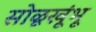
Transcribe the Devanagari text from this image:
सोळूखूंभू